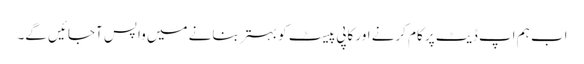
اب ہم اپ ڈیٹ پر کام کرنے اور کاپی پیسٹ کو بہتر بنانے میں واپس آجائیں گے۔